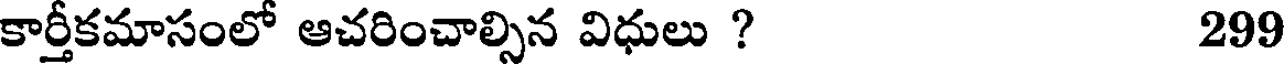
కార్తీకమాసంలో ఆచరించాల్సిన విధులు ? 299